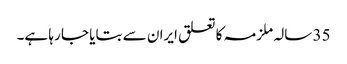
35 سالہ ملزمہ کا تعلق ایران سے بتایا جا رہا ہے۔